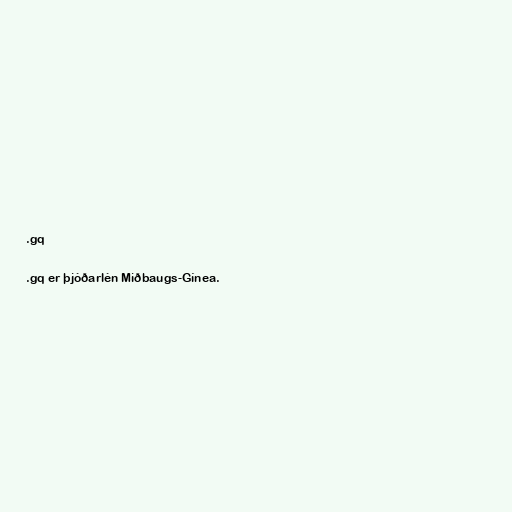
.gq

.gq er þjóðarlén Miðbaugs-Gínea.